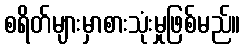
စရိတ်များမှာစားသုံးမှုဖြစ်မည်။